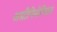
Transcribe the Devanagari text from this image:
अग्रीपिनेन्सिन